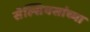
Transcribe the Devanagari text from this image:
सेल्सियसांच्या